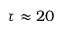
\tau \approx 2 0